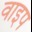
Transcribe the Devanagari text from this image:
वाइप